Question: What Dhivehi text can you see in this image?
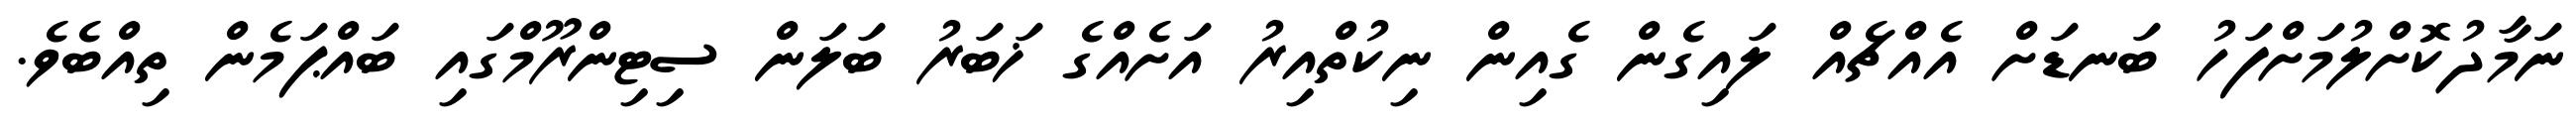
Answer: ނަމާދުކޮށްލުމަށްފަހު ބަނޑަށް އެއްޗެއް ލައިގެން ގެއިން ނިކުތްއިރު އަށެއްގެ ޚަބަރު ބަލަން ސިޓިންރޫމްގައި ބައްޕަމެން ތިއްބެވެ.